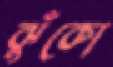
ঝুঁকো